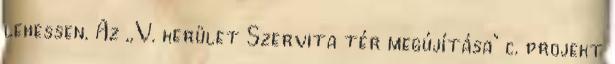
lehessen. Az ,,V. kerület Szervita tér megújítása" c. projekt